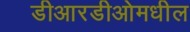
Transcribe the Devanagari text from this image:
डीआरडीओमधील